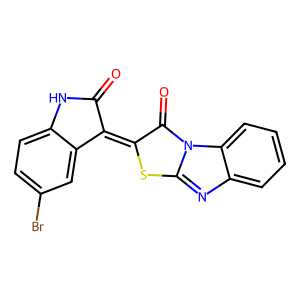
SMILES: O=C1Nc2ccc(Br)cc2C1=c1sc2nc3ccccc3n2c1=O
Inhibits HIV replication: No